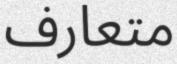
متعارف